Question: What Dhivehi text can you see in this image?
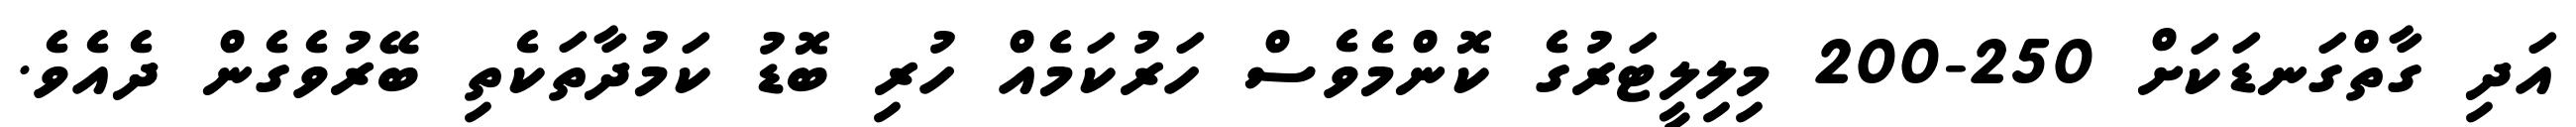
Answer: އަދި ގާތްގަނޑަކަށް 250-200 މިލިލީޓަރުގެ ކޮންމެވެސް ހަރުކަމެއް ހުރި ބޮޑު ކަމުދާތަކެތި ބޭރުވެގެން ދެއެވެ.